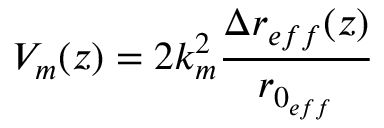
V _ { m } ( z ) = 2 k _ { m } ^ { 2 } \cfrac { \Delta r _ { e f f } ( z ) } { r _ { 0 _ { e f f } } }